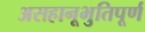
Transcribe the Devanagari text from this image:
असहानूभुतिपूर्ण